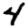
Digit: 4